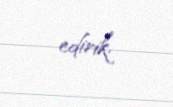
edirik.